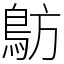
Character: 䲱